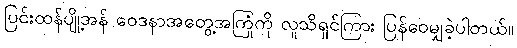
ပြင်းထန်ပျို့အန် ဝေဒနာအတွေ့အကြုံကို လူသိရှင်ကြား ပြန်ဝေမျှခဲ့ပါတယ်။